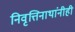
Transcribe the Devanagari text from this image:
निवृत्तिनाथांनीही